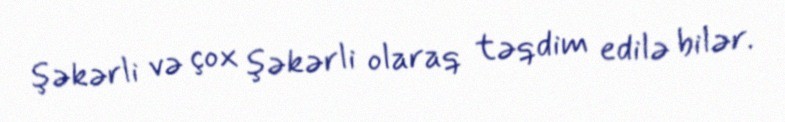
şəkərli və çox şəkərli olaraq təqdim edilə bilər.